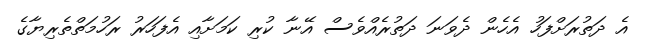
އެ ދަތުރަށްފަހު އެހެން ދެވަނަ ދަތުރެއްވެސް އޭނާ ކުރި ކަމަށާއި އެފަހަރު ރަހުމަތްތެރިޔާގެ